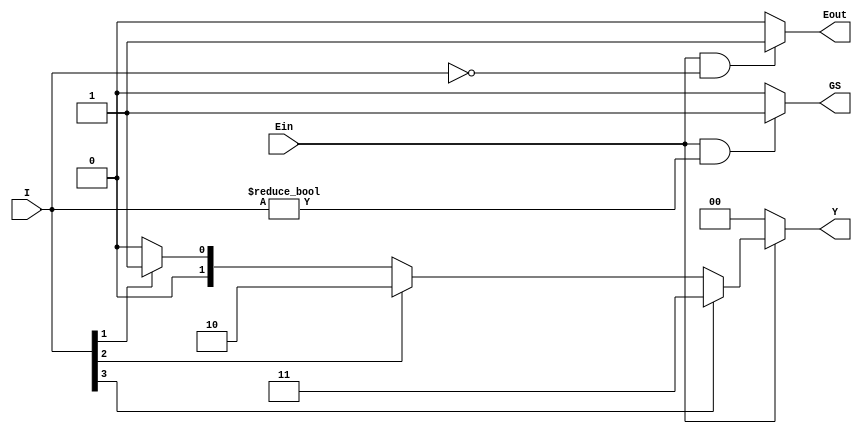
`timescale 1ns / 1ps
//////////////////////////////////////////////////////////////////////////////////
// Company: 
// Engineer: 
// 
// Design Name: 
// Module Name: encoder
// Project Name: 
// Target Devices: 
// Tool Versions: 
// Description: 
// 
// Dependencies: 
// 
// Revision:
// Revision 0.01 - File Created
// Additional Comments:
// 
//////////////////////////////////////////////////////////////////////////////////


module encoder(
input [3:0] I,
	input Ein,
	output reg [1:0] Y,
	output reg GS, 
	output reg Eout
);

always @ (I, Ein)
begin
    if(Ein == 1) begin
        if (I[3] == 1)
            Y <= 2'd3;
        else if (I[2] == 1)
            Y <= 2'd2;
        else if (I[1] == 1)
            Y <= 2'd1;
        else
            Y <= 2'd0;
    end
    else
        Y = 2'd0;
end

always @ (I, Ein)
begin
    if (Ein == 1 && I == 0)
        Eout <= 1'b1;
    else
        Eout <= 1'b0;
end

always @ (I, Ein)
begin
    if (Ein == 1 && I != 0)
        GS <= 1'b1;
    else
        GS <= 1'b0;
end
endmodule